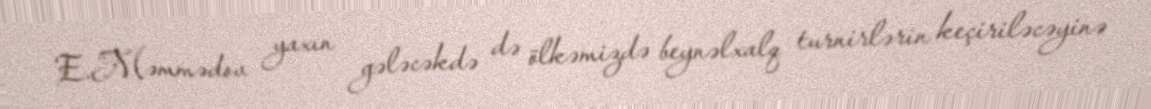
E.Məmmədov yaxın gələcəkdə də ölkəmizdə beynəlxalq turnirlərin keçiriləcəyinə